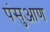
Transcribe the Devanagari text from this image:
पंसुआण